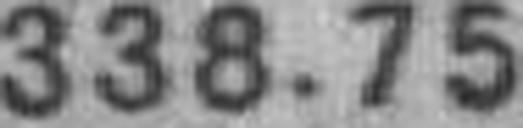
338.75